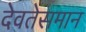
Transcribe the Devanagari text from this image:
देवतेसमान